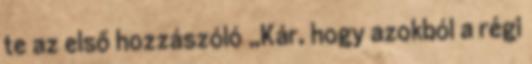
te az első hozzászóló „Kár, hogy azokból a régi